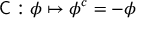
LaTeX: { \mathsf { C } } : \phi \mapsto \phi ^ { c } = - \phi